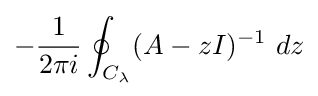
-{\frac {1}{2\pi i}}\oint _{C_{\lambda }}(A-zI)^{-1}~dz